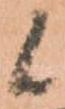
候